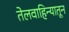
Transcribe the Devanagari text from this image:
तेलवाहिन्यातून